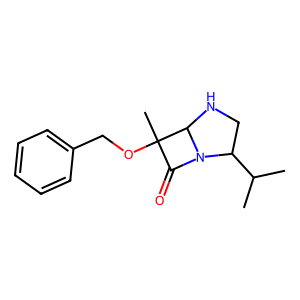
SMILES: CC(C)C1CNC2N1C(=O)C2(C)OCc1ccccc1
Inhibits HIV replication: No